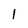
Character: 1